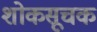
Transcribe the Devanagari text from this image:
शोकसूचक